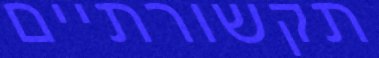
תקשורתיים